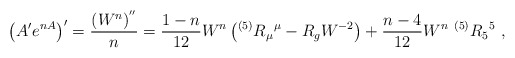
\begin{align*}\left ( A' e^{n A}\right) ' = {(W^n)^{''}\over n}= {1-n\over 12} W^n\left(^{(5)} R_\mu {}^\mu- R_g W^{-2}\right) +{n-4 \over 12} W^n ~^{(5)} R_5{}^5 ~,\end{align*}